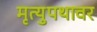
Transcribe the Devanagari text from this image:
मृत्युपथावर